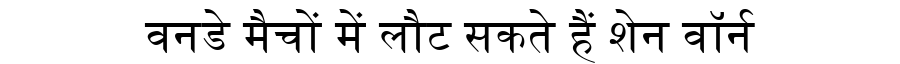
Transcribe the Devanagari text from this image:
वनडे मैचों में लौट सकते हैं शेन वॉर्न